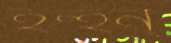
হন্‌হন্‌